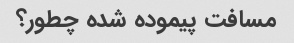
مسافت پیموده شده چطور؟